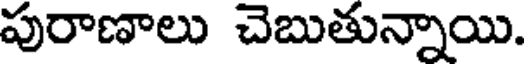
పురాణాలు చెబుతున్నాయి.